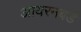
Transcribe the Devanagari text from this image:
आयरनबर्ड